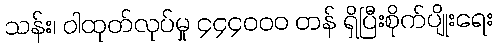
သန်း၊ ဝါထုတ်လုပ်မှု ၄၄၄၀၀၀ တန် ရှိပြီးစိုက်ပျိုးရေး